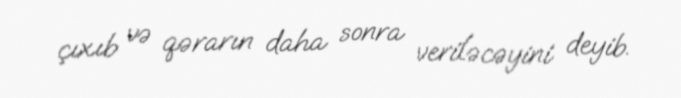
çıxıb və qərarın daha sonra veriləcəyini deyib.